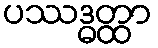
ပဿဒ္ဓတ္ထာ